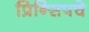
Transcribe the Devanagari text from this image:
प्रिन्सिपचे